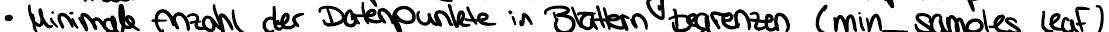
- Minimale Anzahl der Datenpunkte in Blättern begrenzen (min_samples leaf)